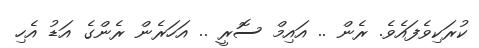
ކުރަކިވެފައެވެ. ރެން .. އައިމް ސޮރީ .. އަހަރެން ރެންގެ އަޑު އެހި